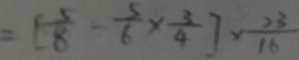
= [ \frac { 5 } { 8 } - \frac { 5 } { 6 } \times \frac { 3 } { 4 } ] \times \frac { 2 3 } { 1 6 }